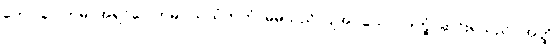
ဘော ဂေါတမ၊ အရှင်ဂေါတမ။ သယံကတံ၊ မိမိသည် ပြုအပ်သော။ ဒုက္ခံ၊ ဆင်းရဲသည်။ အတ္ထိ